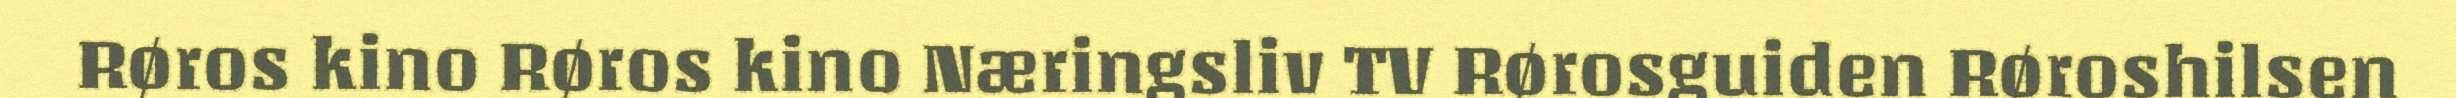
Røros kino Røros kino Næringsliv TV Rørosguiden Røroshilsen